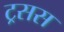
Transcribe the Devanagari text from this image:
ट्रसस